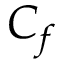
C _ { f }